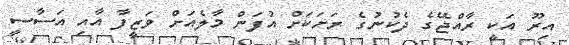
އިރޫ އަކީ ރާއްޖޭގެ ދެކުނުގެ ރަށަކަށް އުފަން މާލެއަށް ވަޒީފާ އާއި އަސާސީ